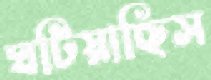
ঘটিয়াছিস